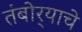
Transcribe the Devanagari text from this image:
तंबोर्‍याचे